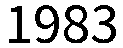
1983